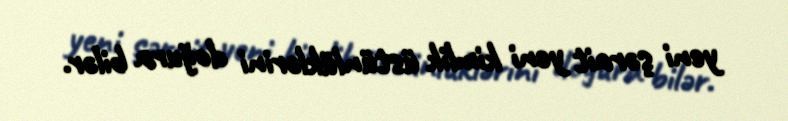
yeni şərait yeni kimlik üstünlüklərini doğura bilər.